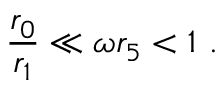
\frac { r _ { 0 } } { r _ { 1 } } \ll \omega r _ { 5 } < 1 ~ .